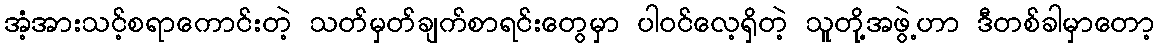
အံ့အားသင့်စရာကောင်းတဲ့ သတ်မှတ်ချက်စာရင်းတွေမှာ ပါဝင်လေ့ရှိတဲ့ သူတို့အဖွဲ့ဟာ ဒီတစ်ခါမှာတော့